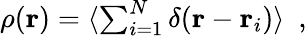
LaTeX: \begin{array}{r}{\rho({\mathbf r})=\langle\sum_{i=1}^{N}\delta({\mathbf r}-{\mathbf r}_{i})\rangle~~,}\end{array}